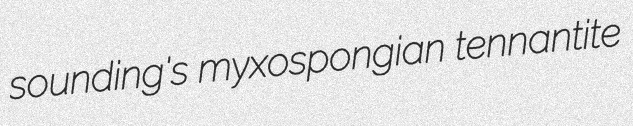
sounding's myxospongian tennantite